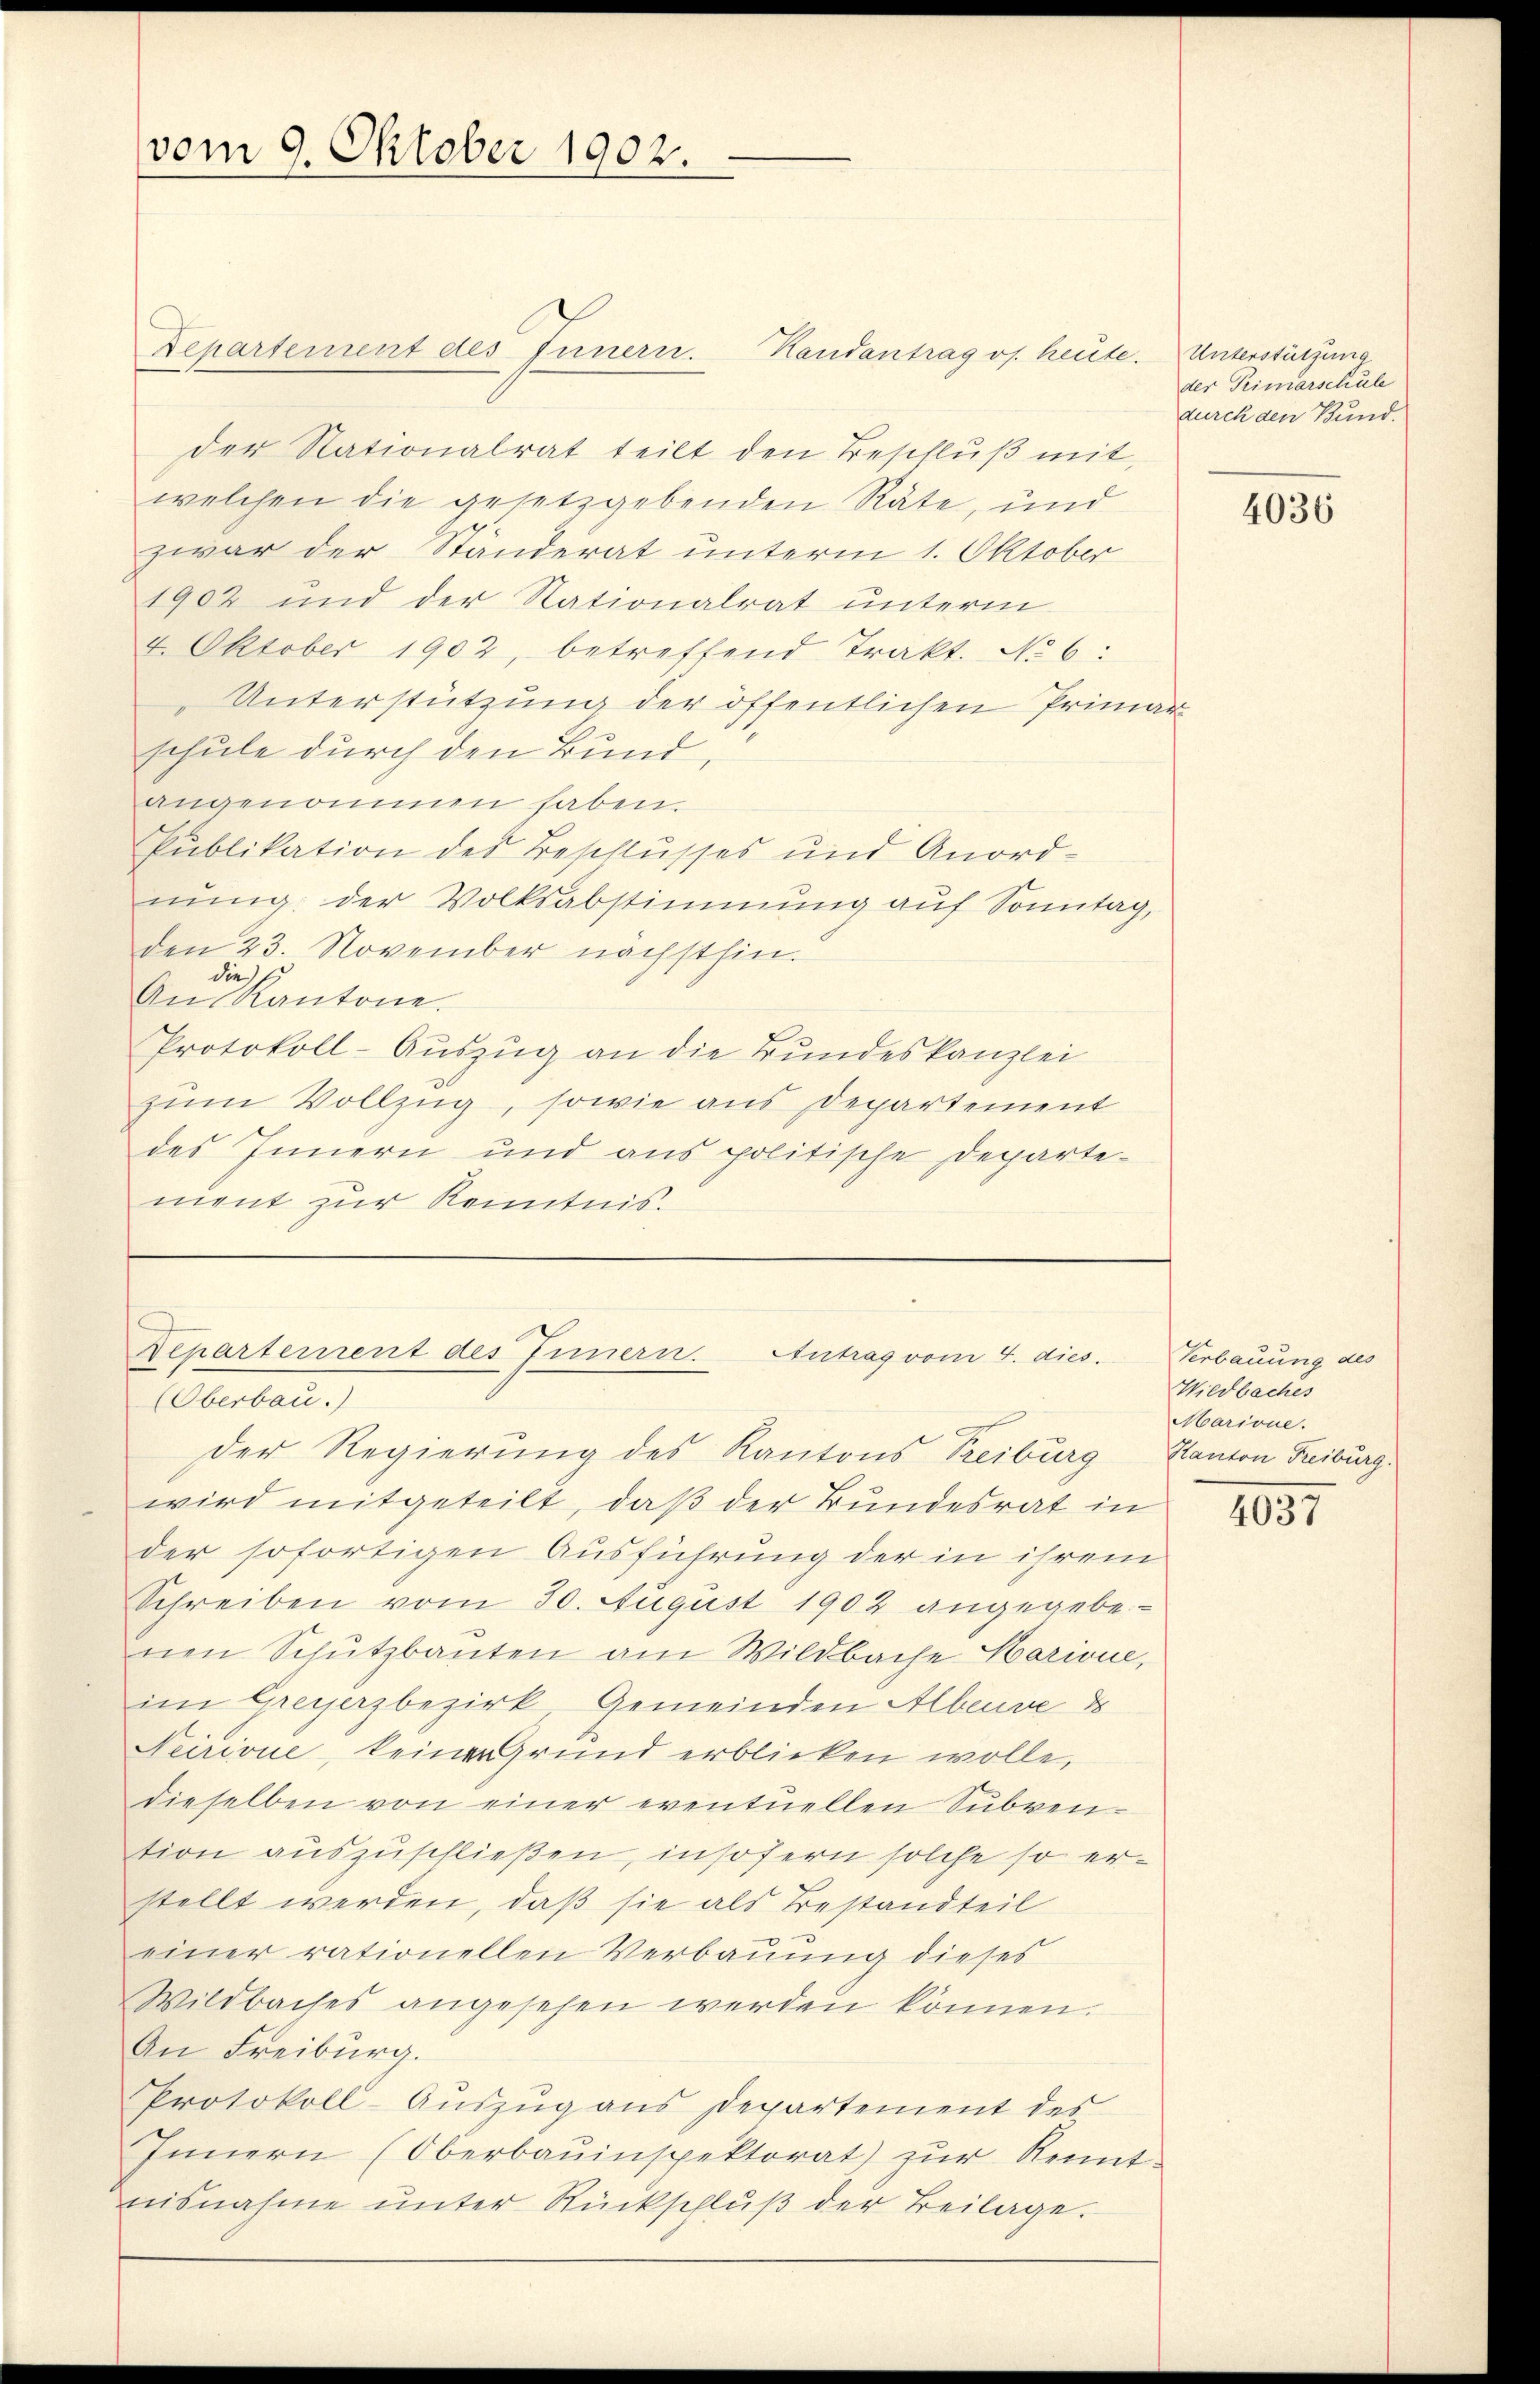
vom 9. Oktober 1902.

Departement des Innern. Kandantrag os. heute. Unterstützung
der Nationalrat teilt den Beschluß mit,
welchen die gesetzgebenden Räte, und
zwar der Ständerat unterm 1. Oktober
1902 und der Nationalrat unterm
4. Oktober 1902, betreffend Trakt. No 6:
Unterstützung der öffentlichen Primar-
schule durch den Bund,
angenommen haben.
Publikation des Beschlusses und Anordnung der Volksabstimmung aŭf Sonntag,
den 23. November nächsthin.
die
An Kantone.
Protokoll-Auszug an die Bundeskanzlei
zum Vollzug, sowie aus Departement
des Innern und aus politische Departement zur Kenntnis.

wird mitgeteilt, daß der Bundesrat in
der sofortigen Ausführung der in ihrem
Schreiben vom 30. August 1902, angegebenen Schutzbauten am Wildbache Harione,
im Greyerzbezirk, Gemeinden Albeuve d
Neirione, keiner Grund erblicken wolle,
dieselben von einer eventuellen Subven-
tion auszuschließen, insofern solche so erstellt werden, daß sie als Bestandteil
einer rationellen Verbauung dieses
Wildbaches angesehen werden können.
An Freiburg.
Protokoll-Auszug aus Departement des
Innern (Oberbauinspektorat) zŭr Kennt-
nisnahme unter Rückschluß der Beilage.

Departement des Innern. Antrag vom 4. dies.
(Oberbau.)
Der Regierung des Kantons Treiburg

der Primarschule
durch den Bund.

4036

Verbauung des
Wildbaches
Marione.
Kanton Freiburg.

1037